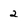
Character: 2